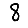
Digit: 8